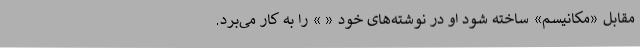
مقابل «مکانیسم» ساخته شود او در نوشته‌های خود « » را به کار می‌برد.